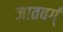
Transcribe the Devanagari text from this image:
जातवर्ग्